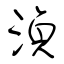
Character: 湞